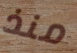
منذ